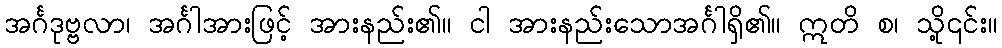
အင်္ဂဒုဗ္ဗလာ၊ အင်္ဂါအားဖြင့် အားနည်း၏။ ငါ အားနည်းသောအင်္ဂါရှိ၏။ ဣတိ စ၊ သို့၎င်း။